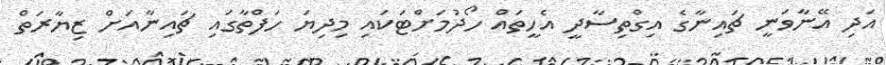
އަދި އޭނާވަނީ ޗައިނާގެ އިގްތިސާދީ އެހީތައް ހޯދުމަށްޓަކައި މިދިޔަ ހަފްތާގައި ޗައިނާއަށް ޒިޔާރަތް